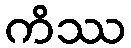
ကိဿ